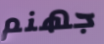
جهنم